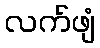
လက်ဖျံ